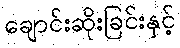
ချောင်းဆိုးခြင်းနှင့်